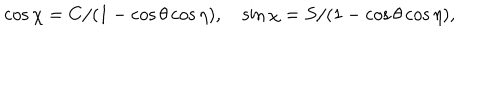
\cos { \chi } = C / ( 1 - \cos { \theta } \cos { \eta } ) , \quad \sin { \chi } = S / ( 1 - \cos { \theta } \cos { \eta } ) ,